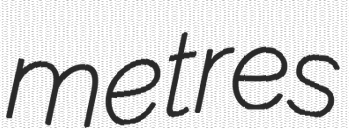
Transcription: metres